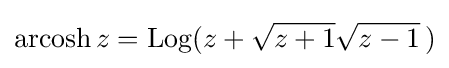
\operatorname {arcosh} z=\operatorname {Log} (z+{\sqrt {z+1}}{\sqrt {z-1}}\,)